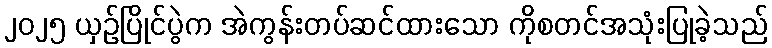
၂၀၂၅ ယှဉ်ပြိုင်ပွဲက အဲကွန်းတပ်ဆင်ထားသော ကိုစတင်အသုံးပြုခဲ့သည်